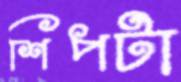
শিপটা